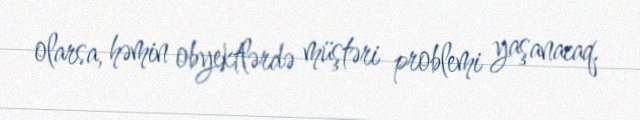
olarsa, həmin obyektlərdə müştəri problemi yaşanacaq.